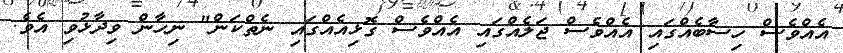
އެއްވެސް ހިސާބެއްގައި އެއްވެސް ޖަލެއްގައި އެއްވެސް ގޮޅިއެއްގައި ނެތްކަން" ނިހާން ވިދާޅުވި އެވެ.